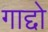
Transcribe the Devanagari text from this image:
गाद्दो